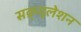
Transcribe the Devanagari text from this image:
सक्र्युलेशन